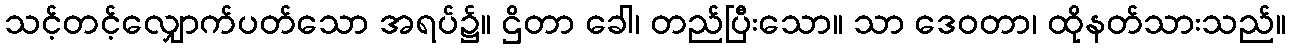
သင့်တင့်လျှောက်ပတ်သော အရပ်၌။ ဌိတာ ခေါ၊ တည်ပြီးသော။ သာ ဒေဝတာ၊ ထိုနတ်သားသည်။